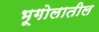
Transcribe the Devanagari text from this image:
भूगोलातील